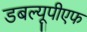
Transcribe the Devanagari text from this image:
डबल्यूपीएफ